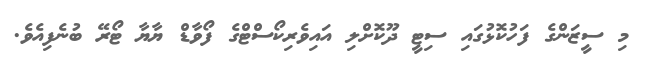
މި ސީޒަންގެ ފަހުކޮޅުގައި ސިޓީ ދޫކޮށްލި އައިިވެރިކޯސްޓްގެ ފޯވާޑް ޔާޔާ ޓޯރޭ ބުނެފިއެވެ.